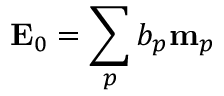
\mathbf { E } _ { 0 } = \sum _ { p } b _ { p } \mathbf { m } _ { p }